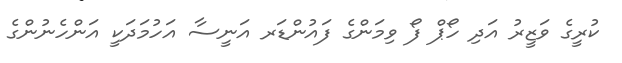
ކުރީގެ ވަޒީރު އަދި ހޯޕް ފޯ ވިމަންގެ ފައުންޑަރ އަނީސާ އަހުމަދަކީ އަންހެނުންގެ